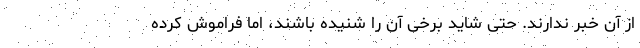
از آن خبر ندارند. حتی شاید برخی آن را شنیده باشند، اما فراموش کرده